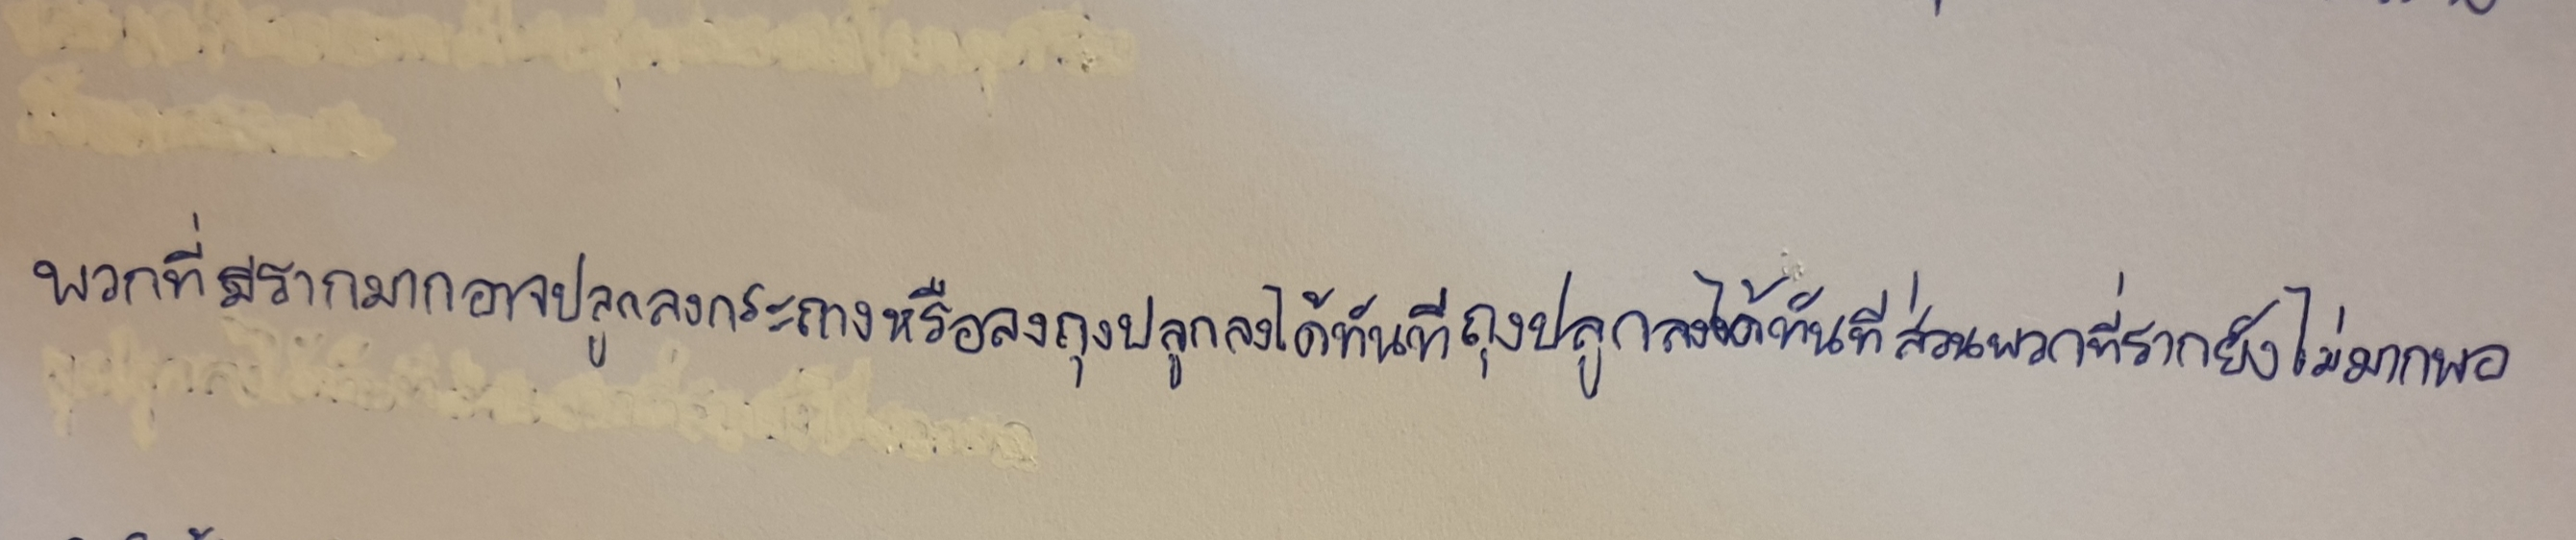
พวกที่มีรากมากอาจปลูกลงกระถางหรือลงถุงปลูกได้ทันทีส่วนพวกที่รากยังไม่มากพอ